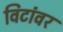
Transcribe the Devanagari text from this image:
विटांवर